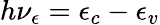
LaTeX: h\nu_{\epsilon}=\epsilon_{c}-\epsilon_{v}